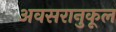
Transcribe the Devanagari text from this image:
अवसरानुकूल